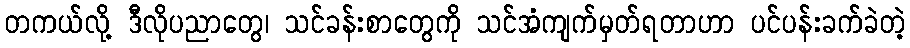
တကယ်လို့ ဒီလိုပညာတွေ၊ သင်ခန်းစာတွေကို သင်အံကျက်မှတ်ရတာဟာ ပင်ပန်းခက်ခဲတဲ့